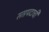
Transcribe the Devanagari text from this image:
सप्तपदाची